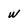
Character: w